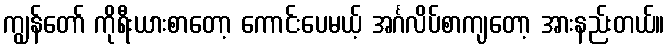
ကျွန်တော် ကိုရီးယားစာတော့ ကောင်းပေမယ့် အင်္ဂလိပ်စာကျတော့ အားနည်းတယ်။